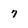
Character: 7